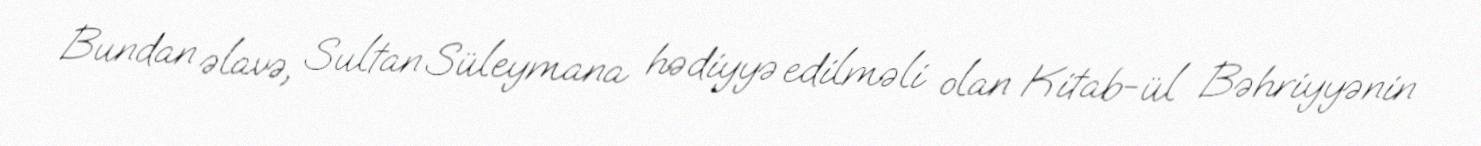
Bundan əlavə, Sultan Süleymana hədiyyə edilməli olan Kitab-ül Bəhriyyənin